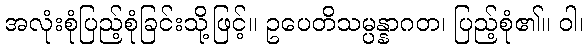
အလုံးစုံပြည့်စုံခြင်းသို့ဖြင့်။ ဥပေတိသမ္ပန္နာဂတ၊ ပြည့်စုံ၏။ ဝါ၊